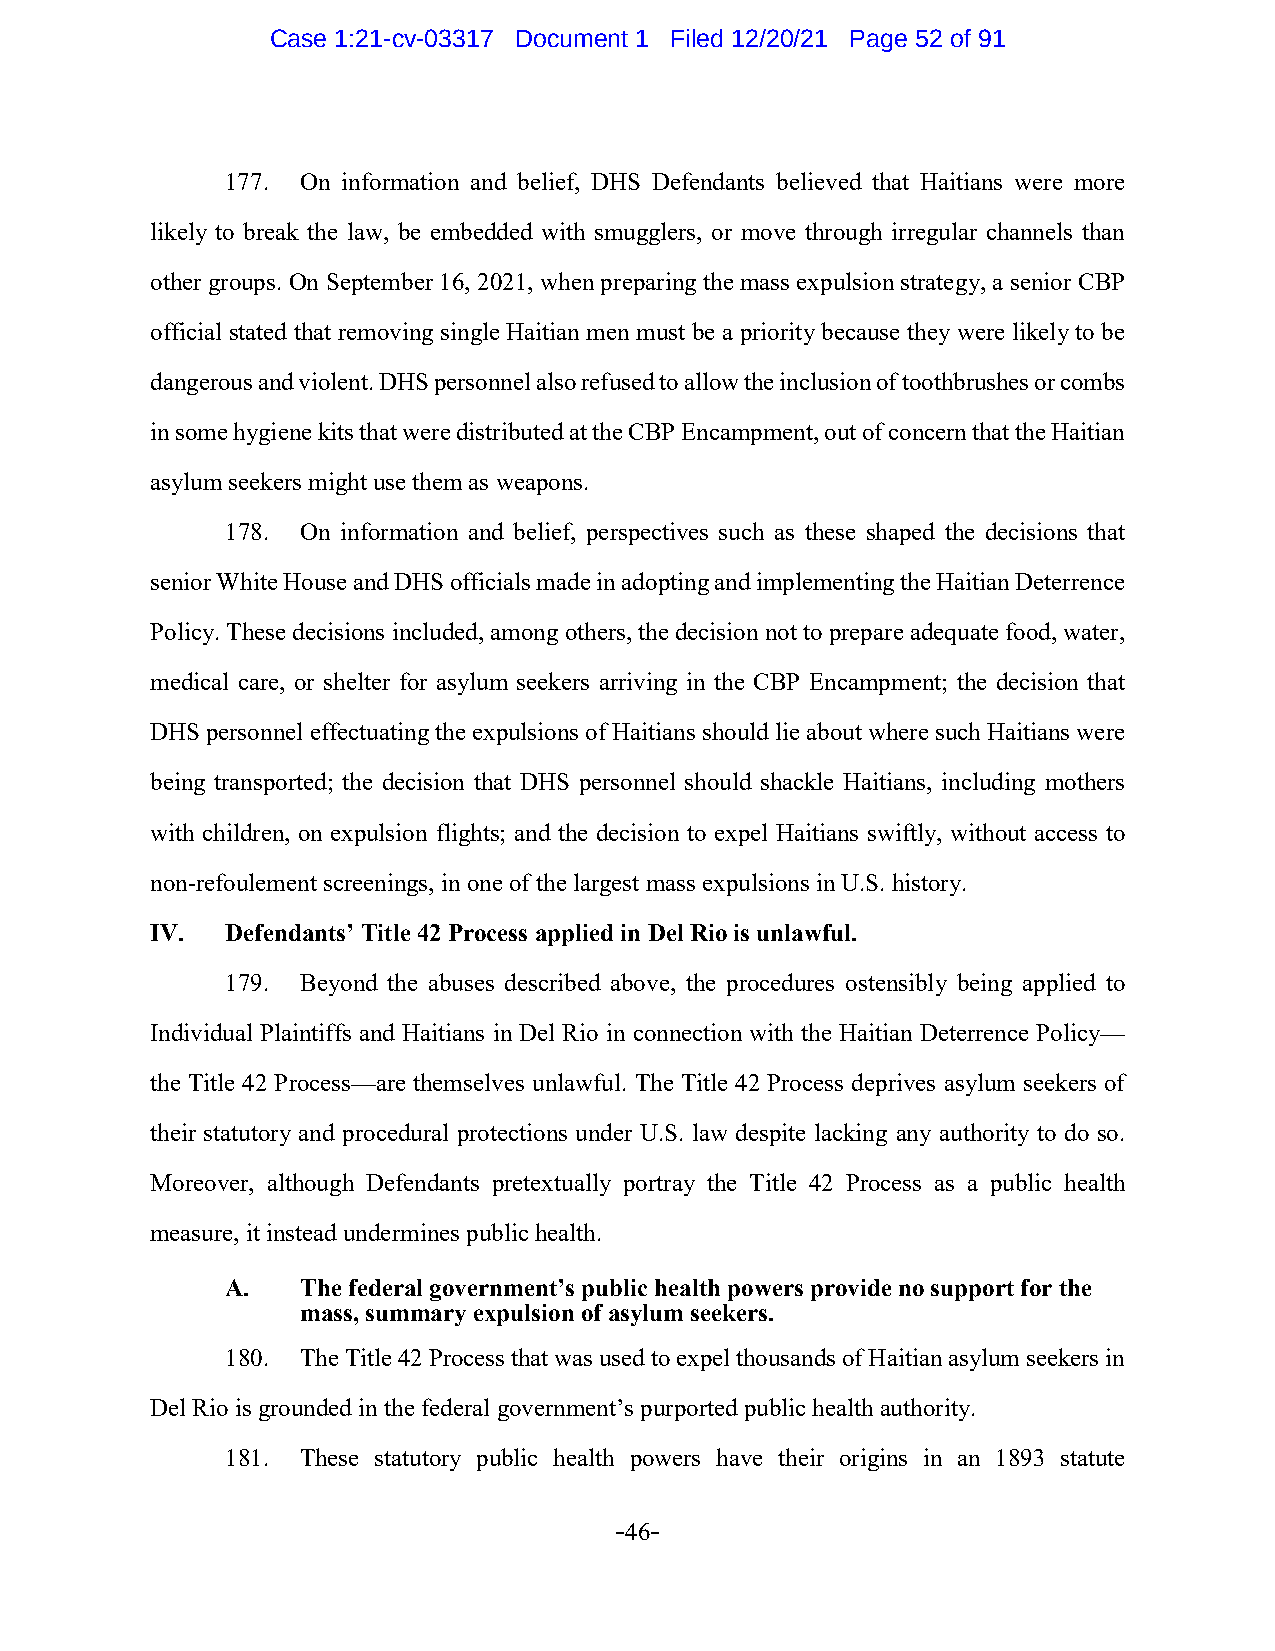
Case 1:21-cv-03317 Document 1 Filed 12/20/21 Page 52 of 91
 177. On information and belief, DHS Defendants believed that Haitians were more
 likely to break the law, be embedded with smugglers, or move through irregular channels than
 other groups. On September 16, 2021, when preparing the mass expulsion strategy, a senior CBP
 official stated that removing single Haitian men must be a priority because they were likely to be
 dangerous and violent. DHS personnel also refused to allow the inclusion of toothbrushes or combs
 in some hygiene kits that were distributed at the CBP Encampment, out of concern that the Haitian
 asylum seekers might use them as weapons.
 178. On information and belief, perspectives such as these shaped the decisions that
 senior White House and DHS officials made in adopting and implementing the Haitian Deterrence
 Policy. These decisions included, among others, the decision not to prepare adequate food, water,
 medical care, or shelter for asylum seekers arriving in the CBP Encampment; the decision that
 DHS personnel effectuating the expulsions of Haitians should lie about where such Haitians were
 being transported; the decision that DHS personnel should shackle Haitians, including mothers
 with children, on expulsion flights; and the decision to expel Haitians swiftly, without access to
 non-refoulement screenings, in one of the largest mass expulsions in U.S. history.
 IV.  Defendants’ Title 42 Process applied in Del Rio is unlawful.
 179. Beyond the abuses described above, the procedures ostensibly being applied to
 Individual Plaintiffs and Haitians in Del Rio in connection with the Haitian Deterrence Policy—
 the Title 42 Process—are themselves unlawful. The Title 42 Process deprives asylum seekers of
 their statutory and procedural protections under U.S. law despite lacking any authority to do so.
 Moreover, although Defendants pretextually portray the Title 42 Process as a public health
 measure, it instead undermines public health.
 A.   The federal government’s public health powers provide no support for the
 mass, summary expulsion of asylum seekers.
 180. The Title 42 Process that was used to expel thousands of Haitian asylum seekers in
 Del Rio is grounded in the federal government’s purported public health authority.
 181. These statutory public health powers have their origins in an 1893 statute
 -46-